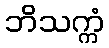
ဘိသက္ကံ